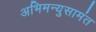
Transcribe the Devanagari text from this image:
अभिमन्युसामंत